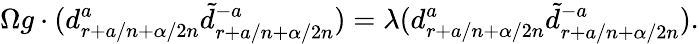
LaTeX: \Omega g\cdot(d_{r+a/n+\alpha/2n}^{a}\tilde{d}_{r+a/n+\alpha/2n}^{-a})=\lambda(d_{r+a/n+\alpha/2n}^{a}\tilde{d}_{r+a/n+\alpha/2n}^{-a}).